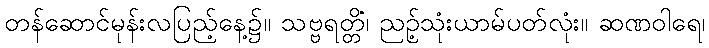
တန်ဆောင်မုန်းလပြည့်နေ့၌။ သဗ္ဗရတ္တိံ၊ ညဉ့်သုံးယာမ်ပတ်လုံး။ ဆဏဝါရေ၊